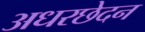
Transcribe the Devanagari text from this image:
अधरछेदन